Annual administration and progress report of the Indian Medical Department, Bombay
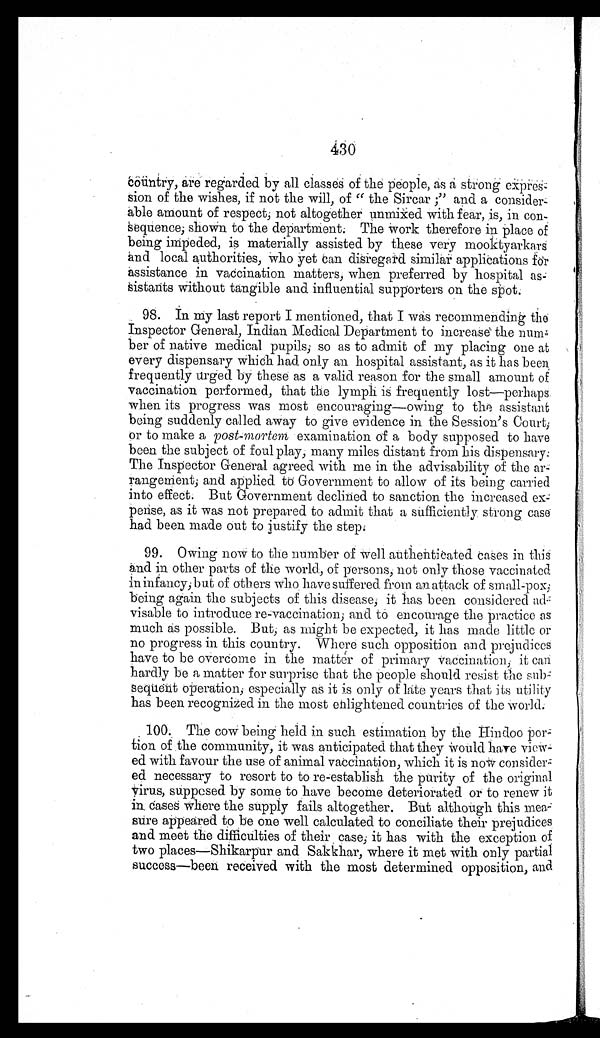
430
country, are regarded by all classes of the people, as a strong expr
es-sion of the wishes, if not the will, of "the Sircar" and a consider
-able amount of respect, not altogether unmixed with fear, is, in con--
s e q u e n c e , s h o w n t o t h e d e p a r t m e n t . T h e w o r k t h e r e f o r e i n p l a c e o f
being impeded, is materially assisted by these very mooktyarkars
and local authorities, who yet can disregard similar applications for
assistance in vaccination matters, when preferred by hospital as
-sistants without tangible and influential supporters on the spot.
98. In my last report I mentioned, that I was recommending the
Inspector General, Indian Medical Department to increase the
number of native medical pupils, so as to admit of my placing one at
every dispensary which had only an hospital assistant, as it has been
frequently urged by these as a valid reason for the small amount of
vaccination performed, that the lymph is frequently lost—perhaps.
when its progress was most encouraging—owing to the assistant
being suddenly called away to give evidence in the Session's Court,
or to make a post-mortem examination of a body supposed to have
been the subject of foul play, many miles distant from his dispensary.
The Inspector General agreed with me in the advisability of the ar-
rangement, and applied to Government to allow of its being carried
into effect. But Government declined to sanction the increased ex
-pense, as it was not prepared to admit that a sufficiently strong case
had been made out to justify the step.
99. Owing now to the number of well authenticated cases in this
and in other parts of the world, of persons, not only those vaccinated
in infancy, but of others who have suffered from an attack of small-pox,
being again the subjects of this disease, it has been considered ad
-visable to introduce re-vaccination, and to encourage the practice as
much as possible. But, as might be expected, it has made little or
no progress in this country. Where such opposition and prejudices
have to be overcome in the matter of primary vaccination, it can
hardly be a matter for surprise that the people should resist the s
ub-sequent operation, especially as it is only of late years that its utility
has been recognized in the most enlightened countries of the world.
100. The cow being held in such estimation by the Hindoo por
-tion of the community, it was anticipated that they would have
view-ed with favour the use of animal vaccination, which it is now consider
-ed necessary to resort to to re-establish the purity of the original
virus, supposed by some to have become deteriorated or to renew it
in cases where the supply fails altogether. But although this mea
-sure appeared to be one well calculated to conciliate their prejudices
and meet the difficulties of their case, it has with the exception of
two places—Shikarpur and Sakkhar, where it met with only partial
success—been received with the most determined opposition, and